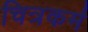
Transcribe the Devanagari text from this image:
चित्रकर्म